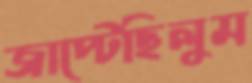
জাপ্‌টেছিলুম